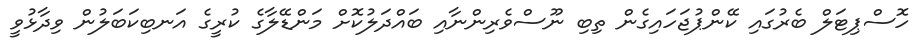
ހޮސްޕިޓަލް ބެރުގައި ކޭންޕުޖަހައިގެން ތިބި ނޫސްވެރިންނާއި ބައްދަލުކޮށް މަންޑޭލާގެ ކުރީގެ އަނބިކަބަލުން ވިދާޅުވީ